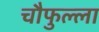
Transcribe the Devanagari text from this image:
चौफुल्ला